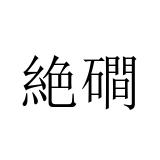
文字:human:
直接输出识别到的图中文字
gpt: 絶磵